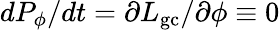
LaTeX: dP_{\phi}/dt=\partial L_{\mathrm{gc}}/\partial\phi\equiv 0